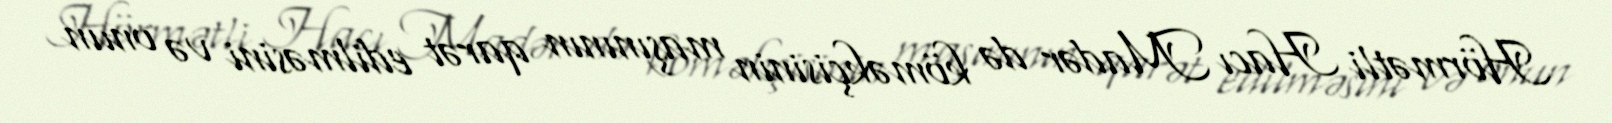
Hörmətli Hacı Madər də köməkçisinin maşınının qarət edilməsini və onun